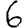
Digit: 6